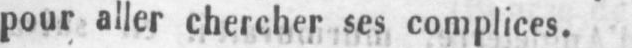
pour aller chercher ses complices.